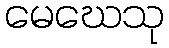
မေဃေသု